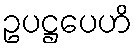
ဥပဋ္ဌပေဟိ